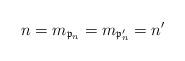
LaTeX: \begin{align*}n=m_{\mathfrak{p}_n}=m_{\mathfrak{p}_n'}=n'\end{align*}